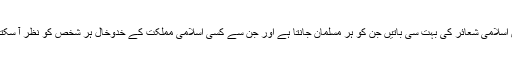
الغرض اسلامی شعائر کی بہت سی باتیں جن کو ہر مسلمان جانتا ہے اور جن سے کسی اسلامی مملکت کے خدوخال ہر شخص کو نظر آ سکتے ہیں۔